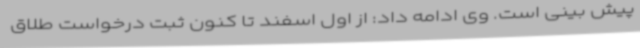
پیش بینی است. وی ادامه داد: از اول اسفند تا کنون ثبت درخواست طلاق